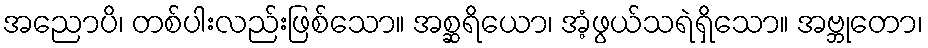
အညောပိ၊ တစ်ပါးလည်းဖြစ်သော။ အစ္ဆရိယော၊ အံ့ဖွယ်သရဲရှိသော။ အဗ္ဘုတော၊